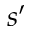
s ^ { \prime }